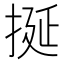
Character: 挻